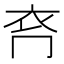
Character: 𧘉